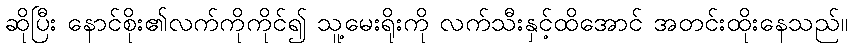
ဆိုပြီး နောင်စိုး၏လက်ကိုကိုင်၍ သူ့မေးရိုးကို လက်သီးနှင့်ထိအောင် အတင်းထိုးနေသည်။